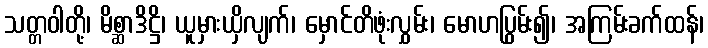
သတ္တဝါတို့၊ မိစ္ဆာဒိဋ္ဌိ၊ ယူမှားယှိလျက်၊ မှောင်တိဖုံးလွှမ်း၊ မောဟပြွမ်း၍၊ အကြမ်းခက်ထန်၊